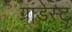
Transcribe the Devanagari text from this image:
ग्रांडेस्ट